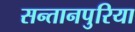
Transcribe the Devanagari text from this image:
सन्तानपुरिया